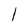
Character: l